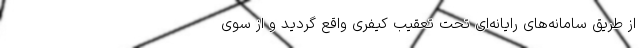
از طریق سامانه‌های رایانه‌ای تحت تعقیب کیفری واقع گردید و از سوی